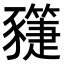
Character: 𧲌